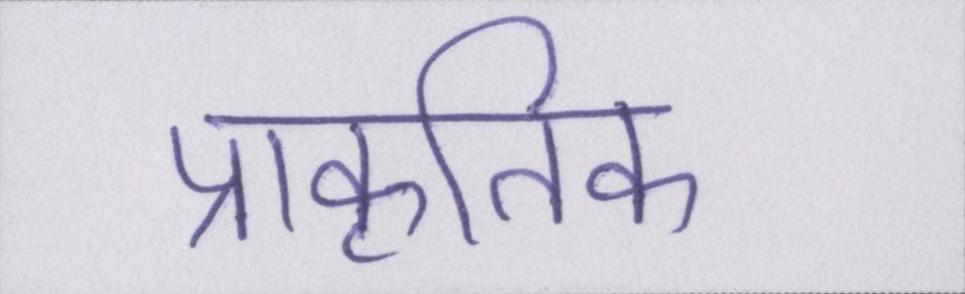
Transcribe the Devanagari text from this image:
प्राकृतिक